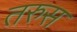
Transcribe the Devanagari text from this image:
तरुस